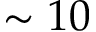
\sim 1 0